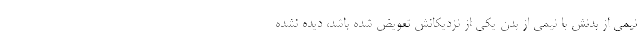
نیمی از بدنش با نیمی از بدن یکی از نزدیکانش تعویض شده باشد، دیده نشده